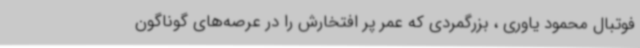
فوتبال محمود یاوری ، بزرگمردی که عمر پر افتخارش را در عرصه‌های گوناگون